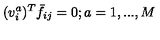
( v _ { i } ^ { a } ) ^ { T } \bar { f } _ { i j } = 0 ; a = 1 , . . . , M